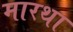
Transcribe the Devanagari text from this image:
मारथा